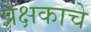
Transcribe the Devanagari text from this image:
प्रेक्षकाचे